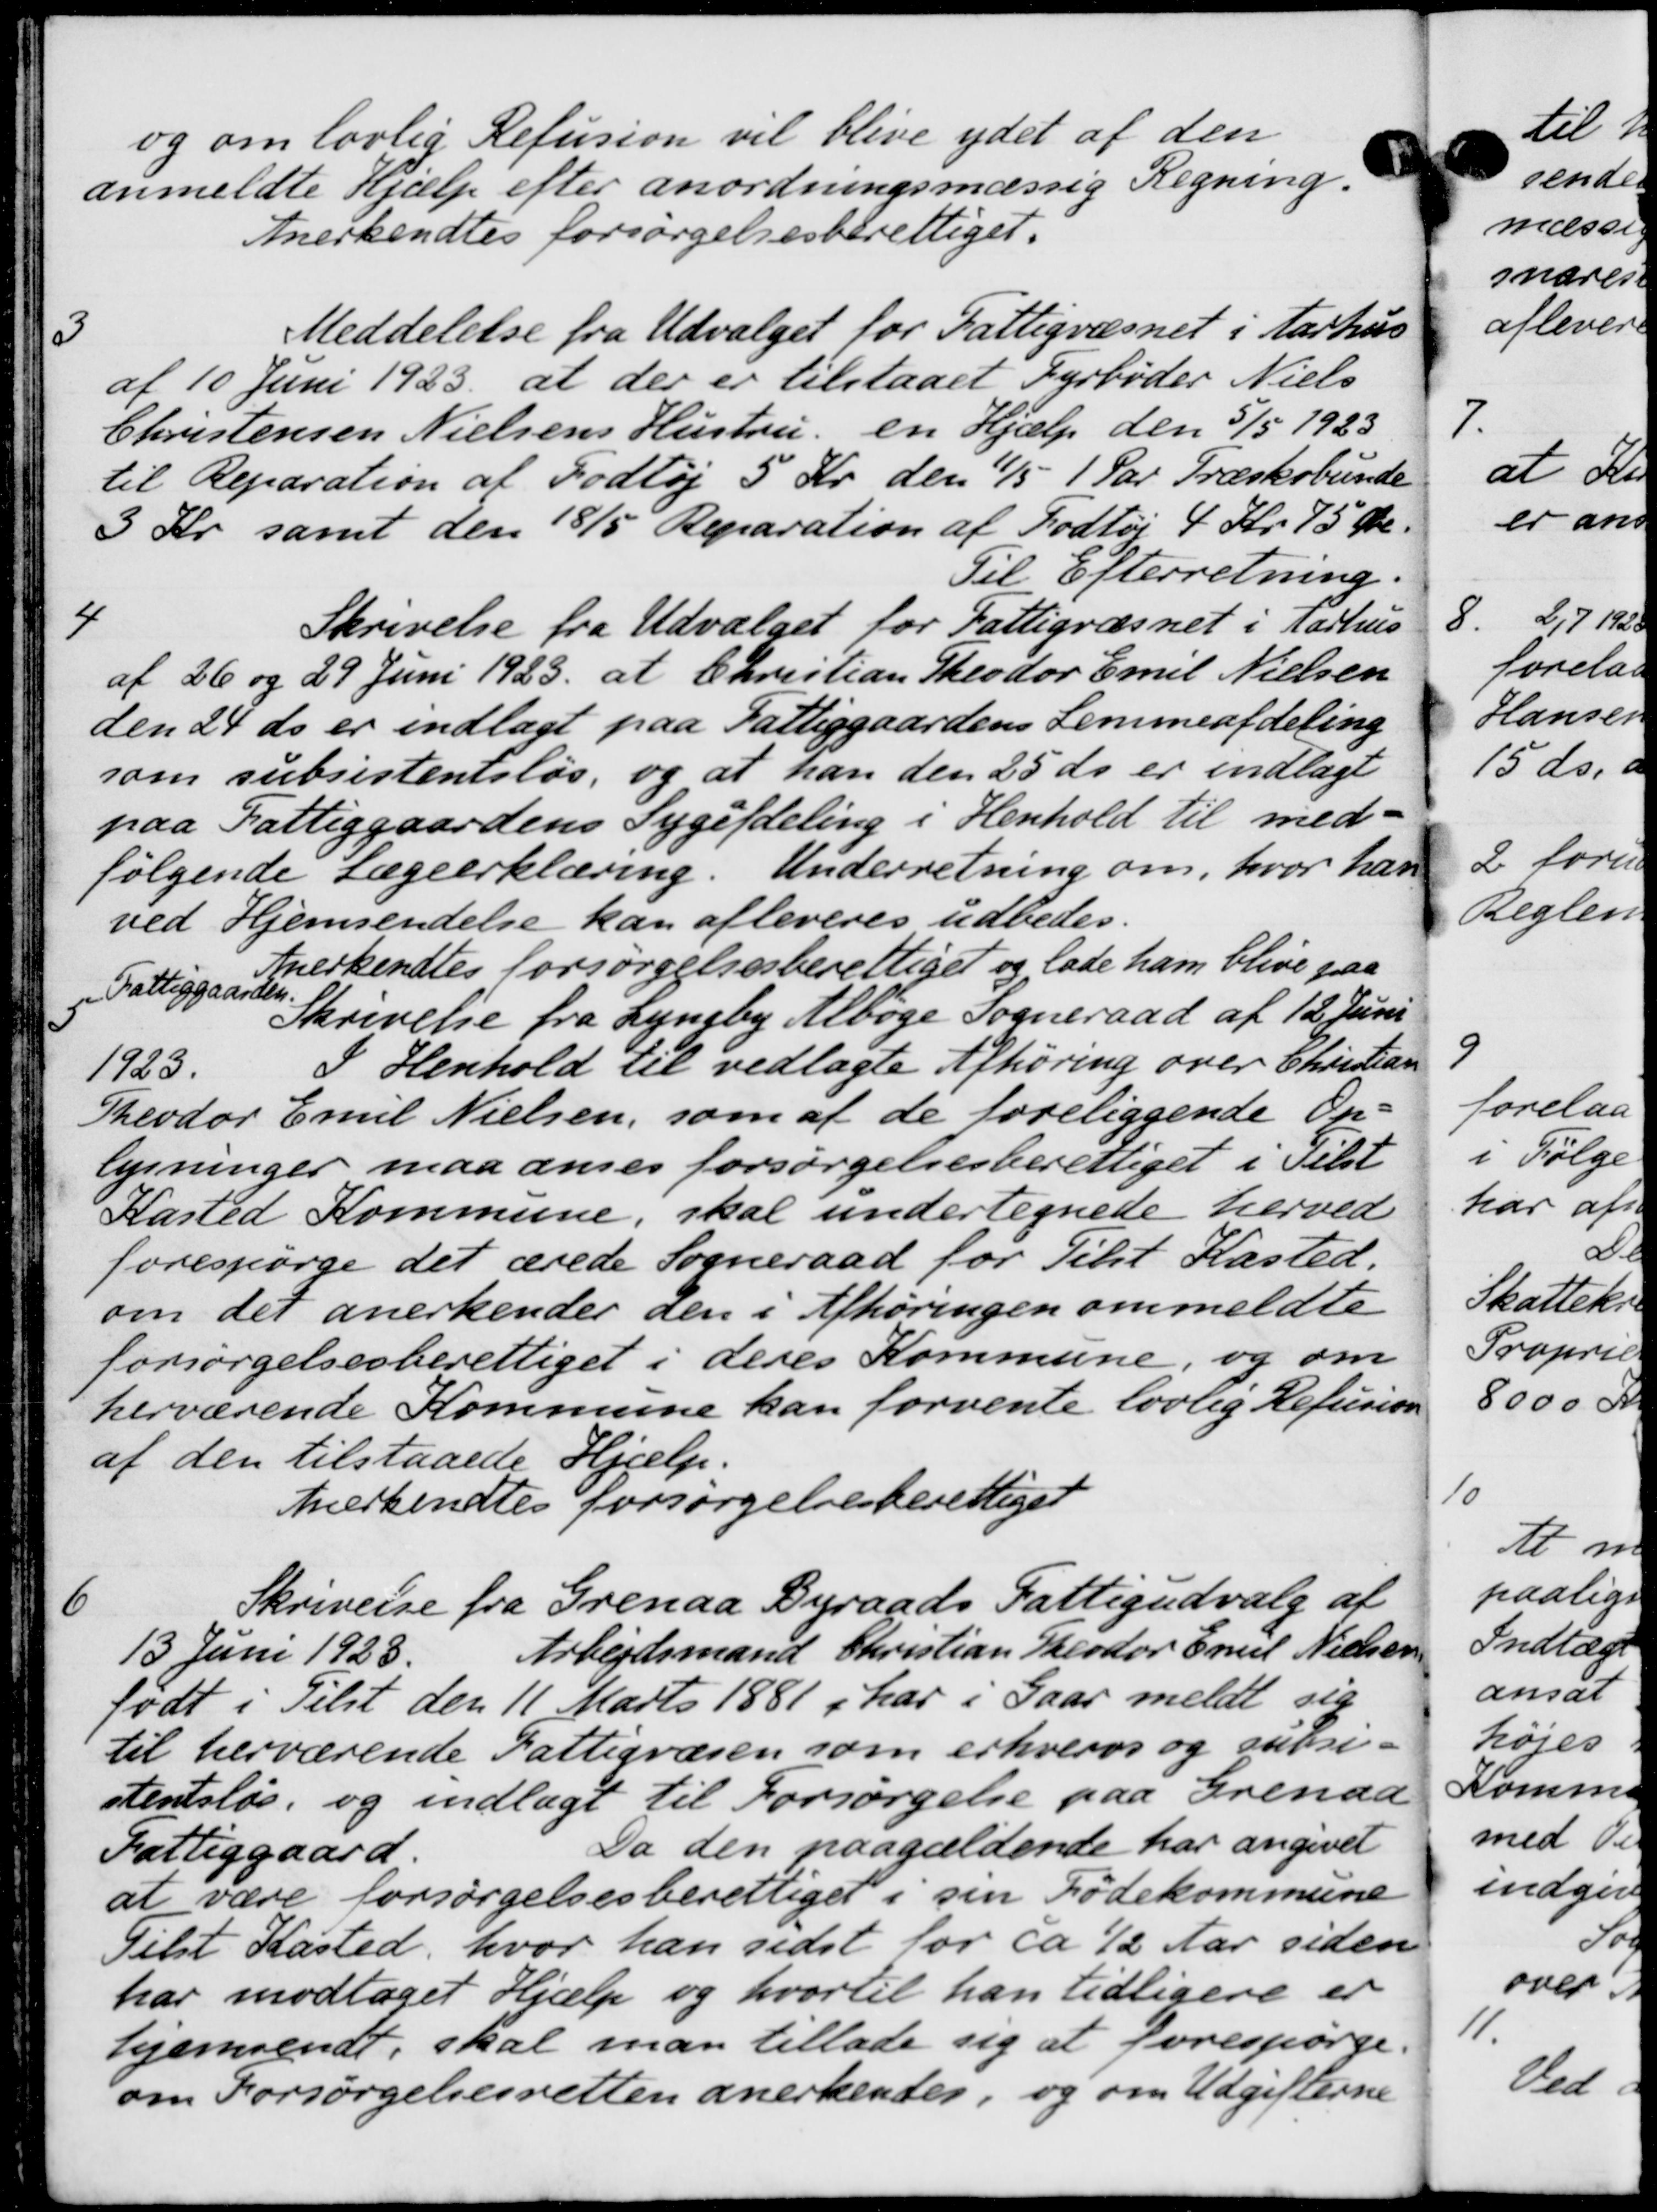
Transskription:
og om lovlig Refusion vil blive ydet af den
anmeldte Hjælp efter anordningsmæssig Regning.
Anerkendtes forsørgelsesberettiget.
3
Meddelelse fra Udvalget for Fattigvæsnet i Aarhus
af 10 Juni 1923 at der er tilstaaet Fyrbøder Niels
Christensen Nielsens Hustru en Hjælp den 5/5 1923
til Reparation af Fodtøj 5 Kr. den 11/5 1 Par Træskobunde
3 Kr. samt den 18/5 Reparation af Fodtøj 4 Kr. 75 Øre.
Til Efterretning.
4
Skrivelse fra Udvalget for Fattigvæsnet i Aarhus
af 26 og 29 Juni 1923 at Christian Theodor Emil Nielsen
den 24 ds er indlagt paa Fattiggaardens Lemmeafdeling
som subsistentsløs, og at han den 25 ds er indlagt
paa Fattiggaardens Sygefdeling i Henhold til med-
følgende Lægeerklæring. Underretning om, hvor han
ved Hjemsendelse kan afleveres udbedes.
Anerkendtes forsørgelsesberettiget og lade ham blive paa
Fattiggaard
Skrivelse fra Lyngby Albøge Sogneraad af 12 Juni
1923.
I Henhold til vedlagte Afhøring over Christian
Theodor Emil Nielsen, som af de foreliggende Op-
lysninger maa anses forsørgelsesberettiget i Tilst
Kasted Kommune, skal undertegnede herved
forespørge det ærede Sogneraad for Tilst Kasted.
om det anerkender den i Afhøringen ommeldte
forsørgelsesberettiget i deres Kommune, og om
herværende Kommune kan forvente lovlig Refusion
af den tilstaaede Hjælp.
Anerkendtes forsørgelsesberettiget
6
Skrivelse fra Grenaa Byraads Fattigudvalg af
13 Juni 1928.
Arbejdsmand Christian Theodor Emil Nielsen
født i Tilst den 11 Marts 1881 i har i Gaar meldt sig
til herværende Fattigvæsen som erhvervs og subse-
stentsløs og indlagt til Forsørgelse paa Grenaa
Fattiggaard
Da den paagældende har angivet
at være forsørgelsesberettiget i sin Fødekommune
Tilst Kasted, hvor han sidst for ca ½ Aar siden
har modtaget Hjælp og hvortil han tidligere er
hjemsendt, skal man tillade sig at forespørge.
om Forsørgelsesretten anerkendes, og om Udgifterne